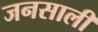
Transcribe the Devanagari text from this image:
जनसाली